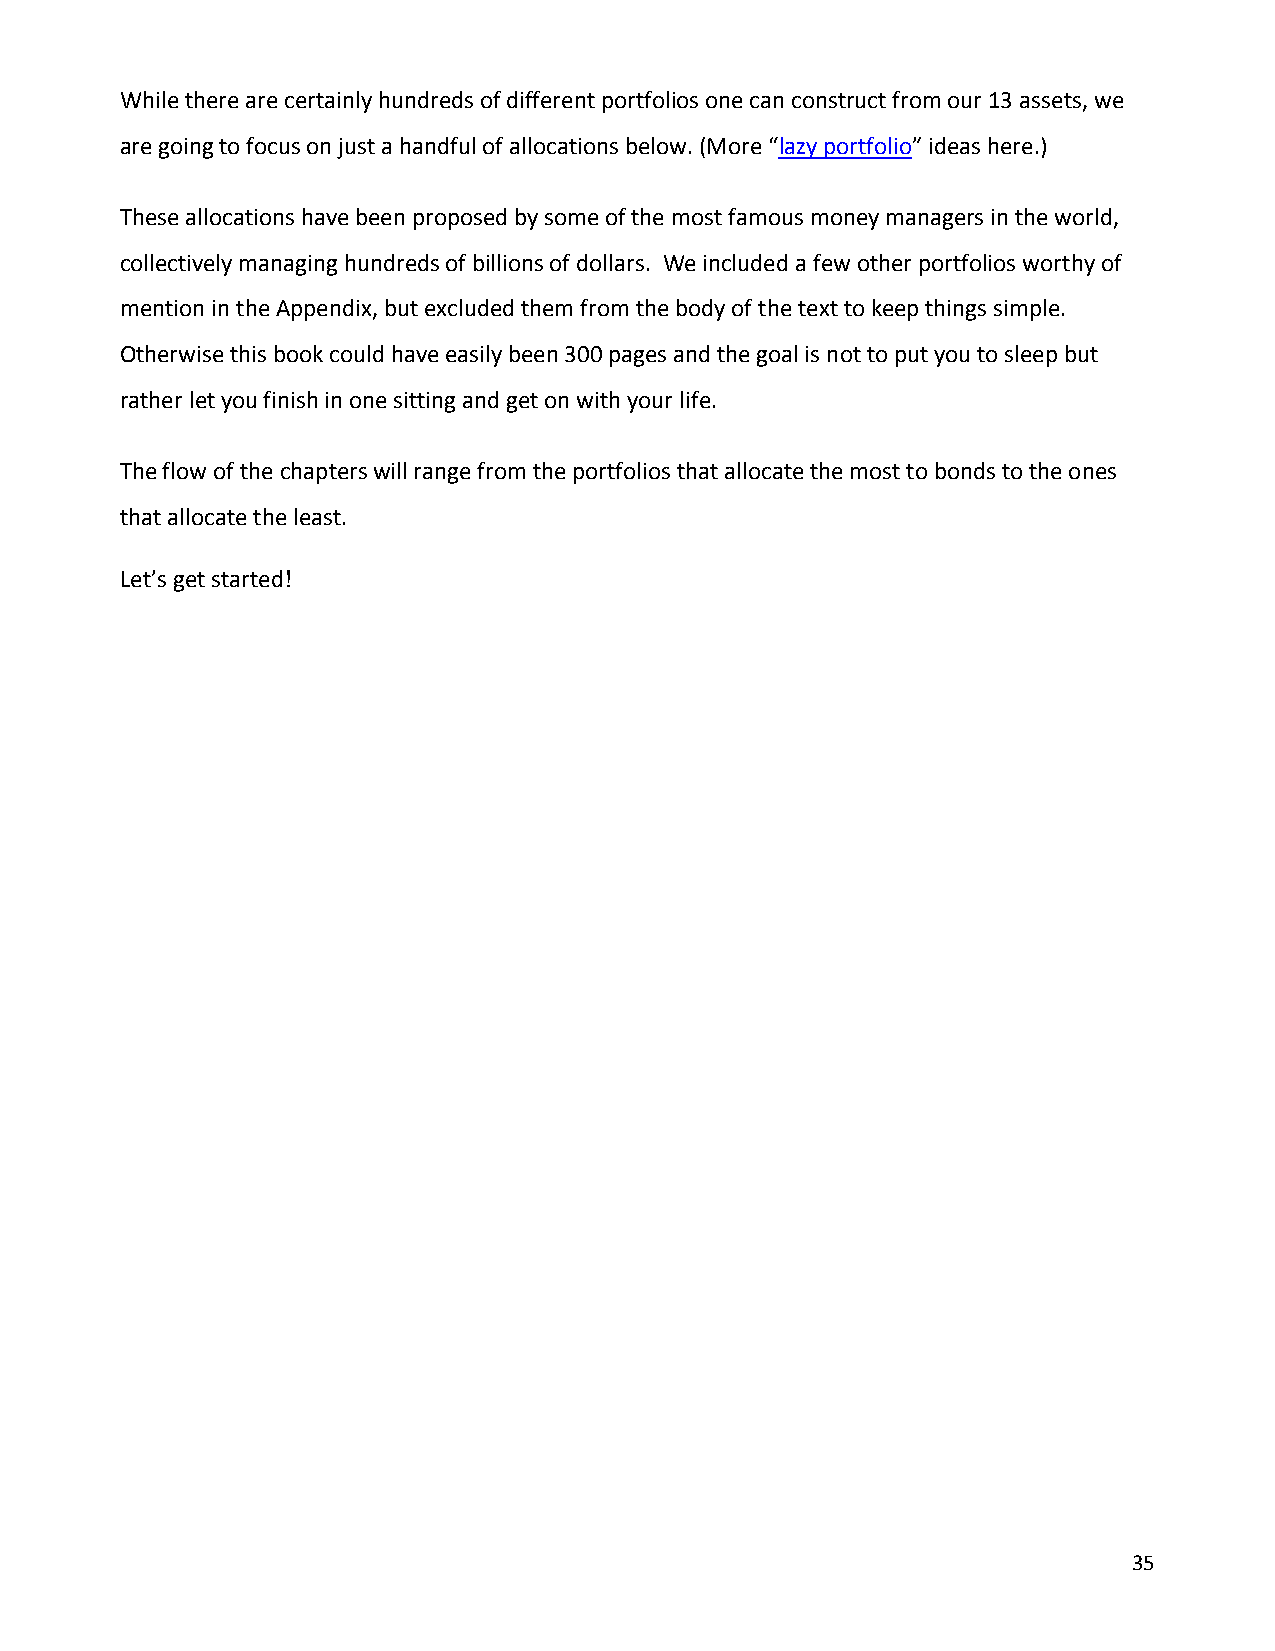
While there are certainly hundreds of different portfolios one can construct from our 13 assets, we
 are going to focus on just a handful of allocations below. (More “lazy portfolio” ideas here.)
 These allocations have been proposed by some of the most famous money managers in the world,
 collectively managing hundreds of billions of dollars. We included a few other portfolios worthy of
 mention in the Appendix, but excluded them from the body of the text to keep things simple.
 Otherwise this book could have easily been 300 pages and the goal is not to put you to sleep but
 rather let you finish in one sitting and get on with your life.
 The flow of the chapters will range from the portfolios that allocate the most to bonds to the ones
 that allocate the least.
 Let’s get started!
 35